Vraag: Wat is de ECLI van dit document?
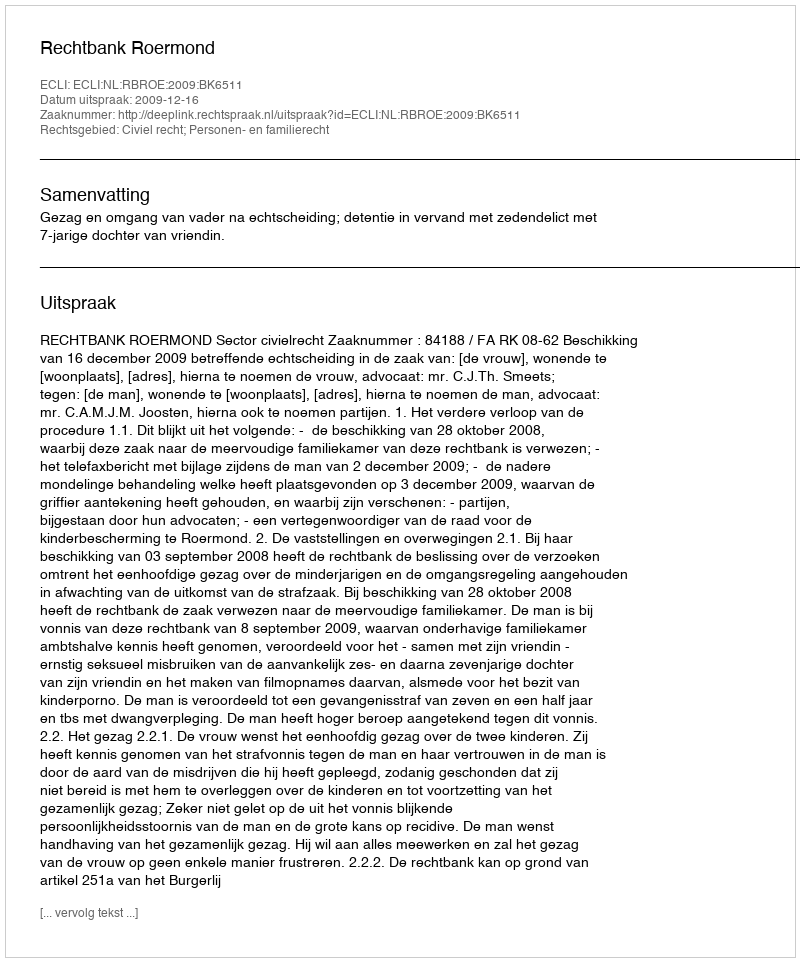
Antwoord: ECLI:NL:RBROE:2009:BK6511